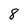
Character: 8